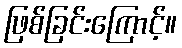
ဖြစ်ခြင်းကြောင့်။